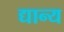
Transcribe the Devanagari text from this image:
द्यान्य